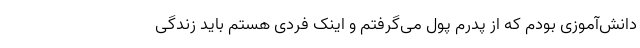
دانش‌آموزی بودم که از پدرم پول می‌گرفتم و اینک فردی هستم باید زندگی